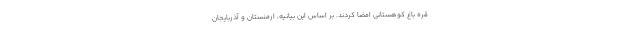
قره باغ کوهستانی امضا کردند. بر اساس این بیانیه، ارمنستان و آذربایجان